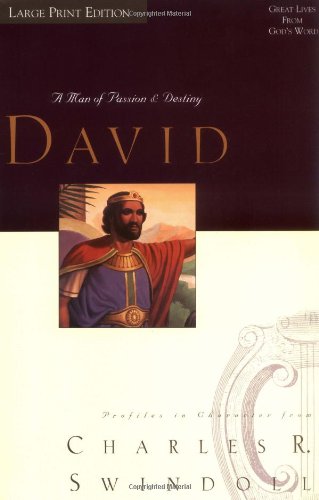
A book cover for David A Man Of Passion And Destiny; Charles R. Swindoll; Christian Books & Bibles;